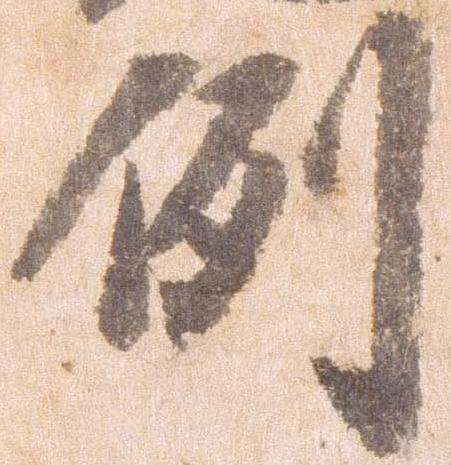
例